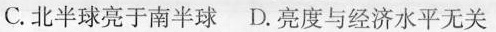
C.北半球亮于南半球 D.亮度与经济水平无关